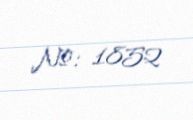
№: 1852